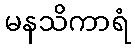
မနသိကာရံ